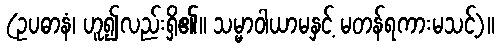
(ဥပဓာနံ၊ ဟူ၍လည်းရှိ၏။ သမ္မာဝါယာမနှင့် မတန်ရကားမသင့်)။